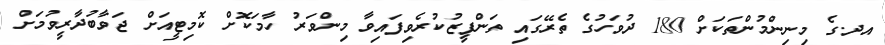
އދ.ގެ މިނިންމުންތަކަށް 180 ދުވަހުގެ ތެރޭގައި ތަންފީޒުކުރެވިފައިވާ މިންވަރު ހާމަކޮށް ކޮމިޓީއަށް ޖަވާބުދާރީވުމަށް